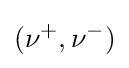
(\nu ^{+},\nu ^{-})